Plague in India, 1896, 1897 - Volume 2
Year: 1896
Disease focus: Plague
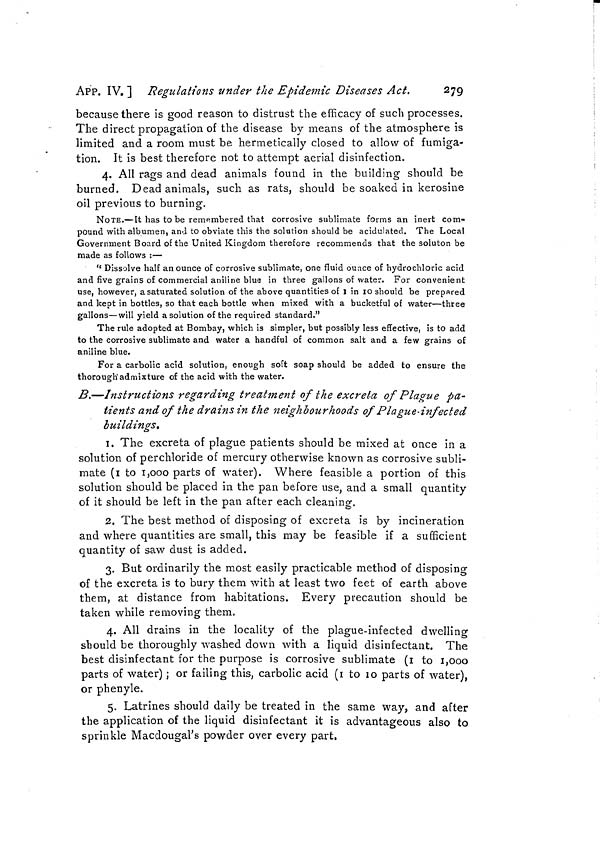
APP. IV. ] Regulations under the Epidemic Diseases Act.
279
because there is good reason to distrust the efficacy of such processes.
The direct propagation of the disease by means of the atmosphere is
limited and a room must be hermetically closed to allow of fumiga-
tion. It is best therefore not to attempt aerial disinfection.
4. All rags and dead animals found in the building should be
burned. Dead animals, such as rats, should be soaked in kerosine
oil previous to burning.
NOTE.—It has to be remembered that corrosive sublimate forms an inert com-
pound with albumen, ami to obviate this the solution should be acidulated. The Local
Government Board of the United Kingdom therefore recommends that the soluton be
made as follows :—
"Dissolve half an ounce of corrosive sublimate, one fluid ounce of hydrochloric acid
and five grains of commercial aniline blue in three gallons of water. For convenient
use, however, asaturated solution of the above quantities of l in 10 should be prepared
and kept in bottles, so that each bottle when mixed with a bucketful of water—three
gallons—will yield a solution of the required standard."
The rule adopted at Bombay, which is simpler, but possibly less effective, is to add
to the corrosive sublimate and water a handful of common salt and a few grains of
aniline blue.
For a carbolic acid solution, enough soft soap should be added to ensure the
thorough'admixture of the acid with the water.
B,—Instructions regarding treatment of the excreta of Plague pa-
tients and of the drains in the neighbourhoods of Plague-infected
buildings,
1. The excreta of plague patients should be mixed at once in a
solution of perchloride of mercury otherwise known as corrosive subli-
mate (1 to 1,000 parts of water). Where feasible a portion of this
solution should be placed in the pan before use, and a small quantity
of it should be left in the pan after each cleaning.
2. The best method of disposing of excreta is by incineration
and where quantities are small, this may be feasible if a sufficient
quantity of saw dust is added.
3. But ordinarily the most easily practicable method of disposing
of the excreta is to bury them with at least two feet of earth above
them, at distance from habitations. Every precaution should be
taken while removing them.
4. All drains in the locality of the plague-infected dwelling
should be thoroughly washed down with a liquid disinfectant. The
best disinfectant for the purpose is corrosive sublimate (1 to 1,000
parts of water) ; or failing this, carbolic acid (1 to 10 parts of water),
or phenyle.
5. Latrines should daily be treated in the same way, and after
the application of the liquid disinfectant it is advantageous also to
sprinkle Macdougal's powder over every part.